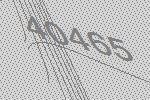
40465